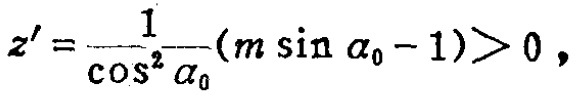
\(z' = \frac{1}{\cos^{2}\alpha_{0}}(m\sin\alpha_{0} - 1)>0\)